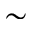
\sim